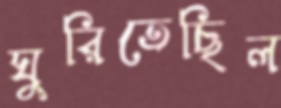
ঘুরিতেছিল